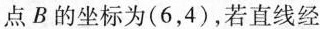
点B的坐标为(6，4)，若直线经